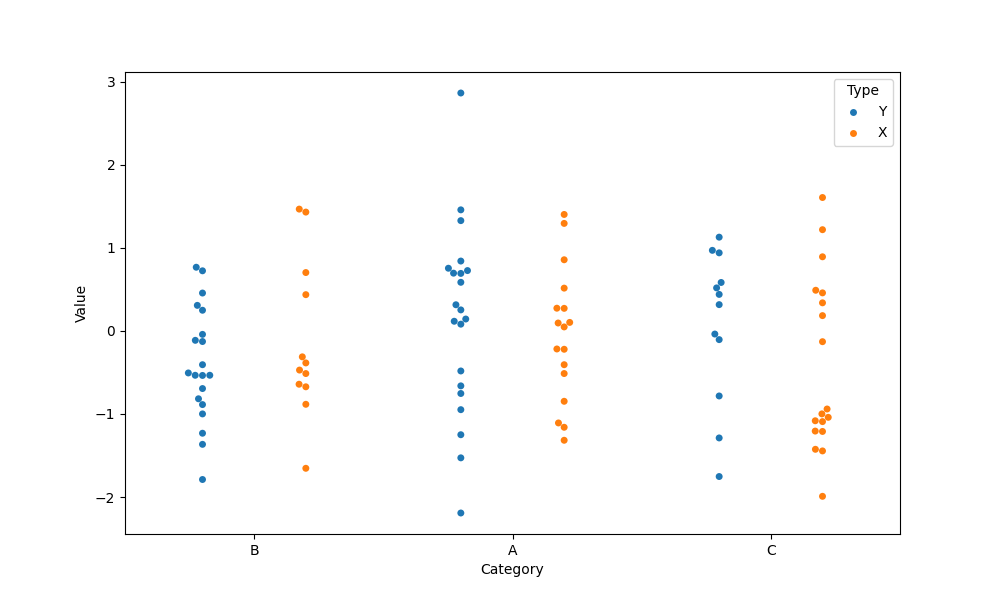
python, seaborn, swarmplot, dodge=True, alpha=1.0, size=5